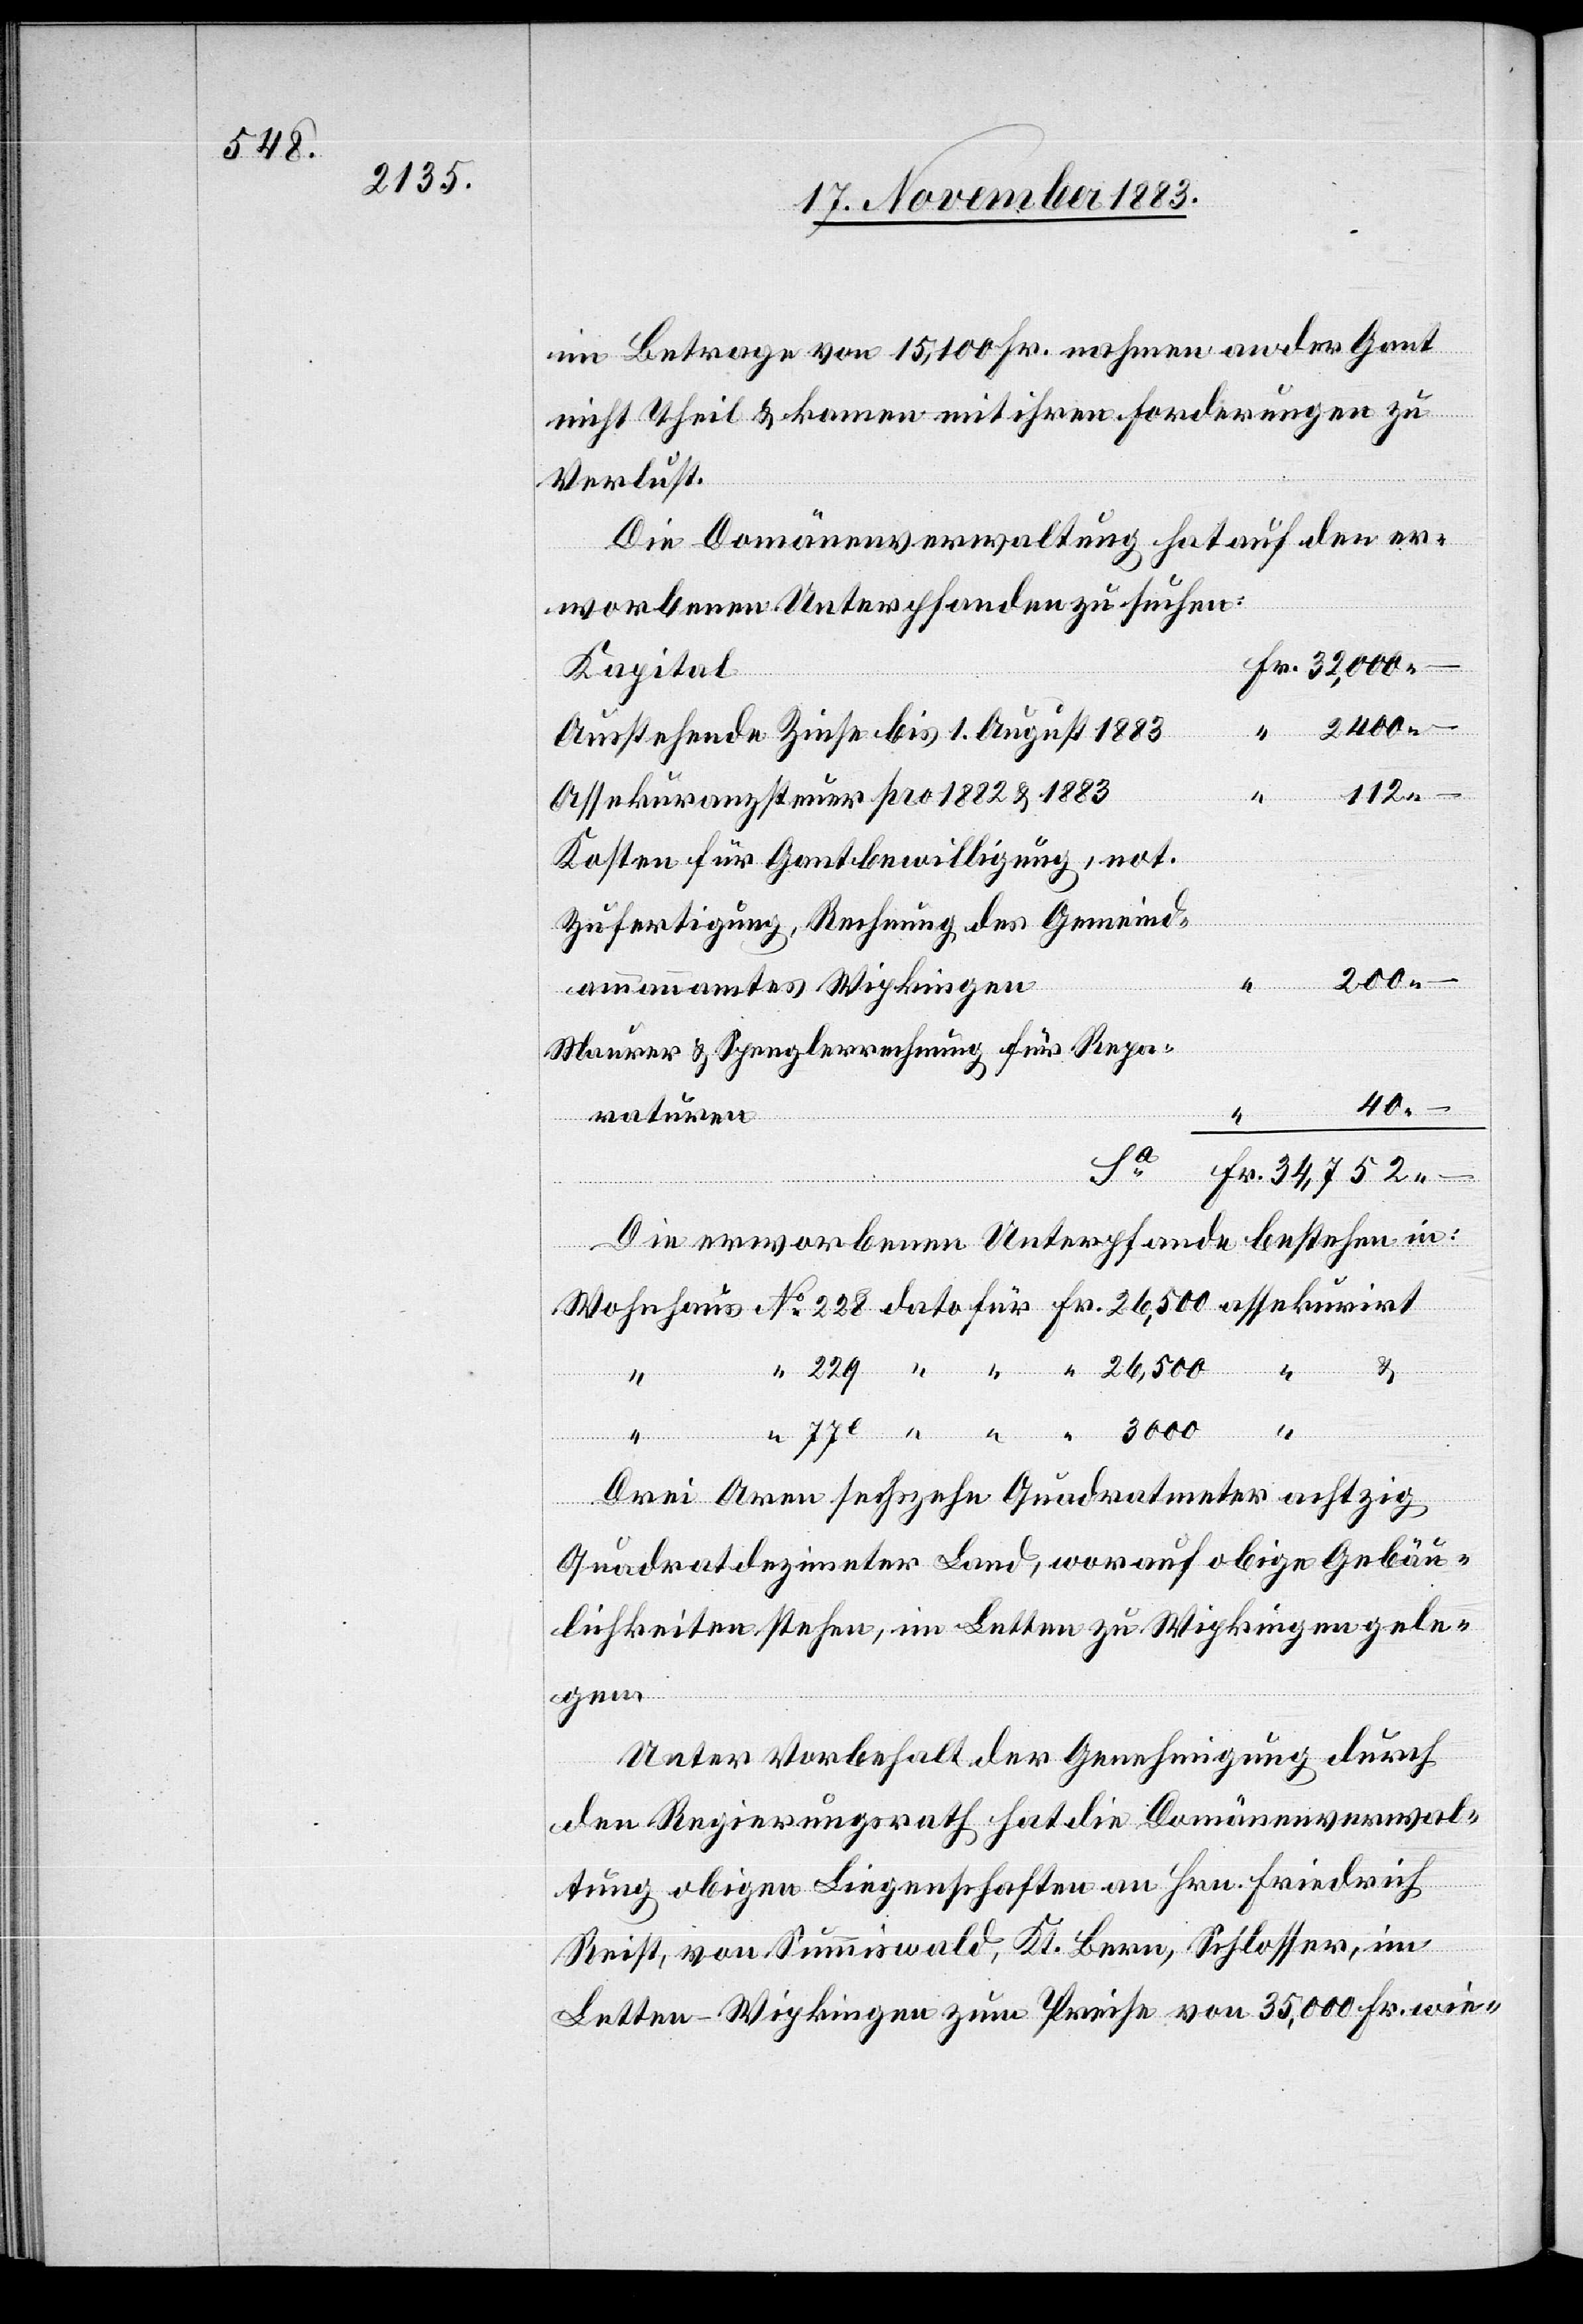
im Betrage von 15,100 Fr. nahmen an der Gant
nicht Theil & kamen mit ihren Forderungen zu
Verlust.
Die Domänenverwaltung hat auf den er¬
worbenen Unterpfanden zu suchen:
Kapital
Fr.
2400 –
Ausstehende Zinse bis 1. August 1883
112 –
Assekuranzsteuer pro 1882 & 1883
Kosten für Gantbewilligung, not.
Zufertigung, Rechnung des Gemeind¬
3000
ammannamtes Wipkingen
Maurer & Spenglerrechnung für Repa¬
40 –
raturen
Die erworbenen Unterpfande bestehen in:
77e
Drei Aren sechzehn Quadratmeter achtzig
Quadratdezimeter Land, worauf obige Gebäu¬
lichkeiten stehen, im Letten zu Wipkingen gele¬
gen.
Unter Vorbehalt der Genehmigung durch
den Regierungsrath hat die Domänenverwal¬
tung obigen Liegenschaften an Hrn. Friedrich
Reist, von Summiswald, Kt. Bern, Schlosser, im
Letten - Wipkingen zum Preise von 35,000 Fr. wie-